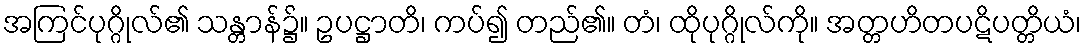
အကြင်ပုဂ္ဂိုလ်၏ သန္တာန်၌။ ဥပဋ္ဌာတိ၊ ကပ်၍ တည်၏။ တံ၊ ထိုပုဂ္ဂိုလ်ကို။ အတ္တဟိတပဋိပတ္တိယံ၊